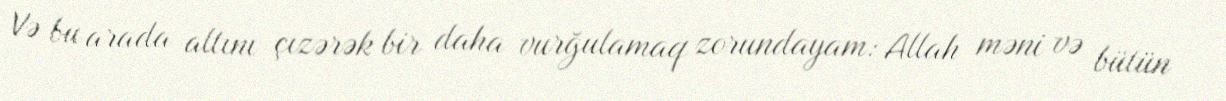
Və bu arada altını çızərək bir daha vurğulamaq zorundayam: Allah məni və bütün